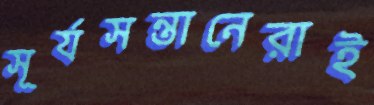
সূর্যসন্তানেরাই